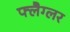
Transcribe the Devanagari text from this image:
फ्लैग्लर